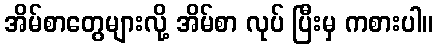
အိမ်စာတွေများလို့ အိမ်စာ လုပ် ပြီးမှ ကစားပါ။